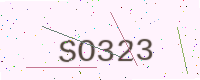
Text: SO323